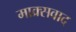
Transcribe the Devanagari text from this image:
माक्र्सवाद